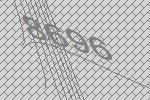
8696